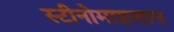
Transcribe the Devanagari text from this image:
स्टीनोमाइलान